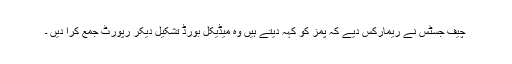
چیف جسٹس نے ریمارکس دیے کہ پمز کو کہہ دیتے ہیں وہ میڈیکل بورڈ تشکیل دیکر رپورٹ جمع کرا دیں ۔